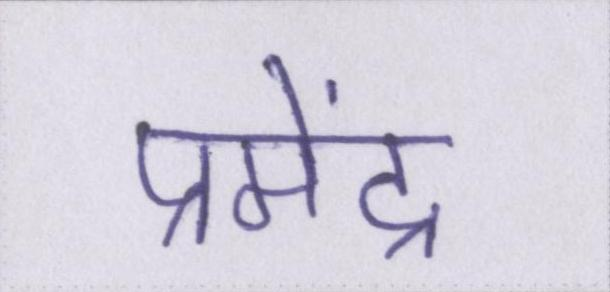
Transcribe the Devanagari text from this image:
प्रमेंद्र